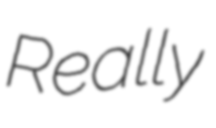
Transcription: Really